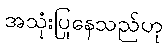
အသုံးပြုနေသည်ဟု